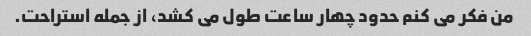
من فکر می کنم حدود چهار ساعت طول می کشد، از جمله استراحت.